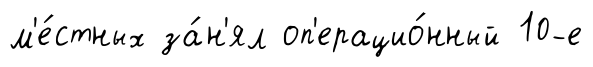
м'е́стных за́н'ял оп'ерацио́нный 10-е